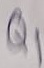
Text: Q1